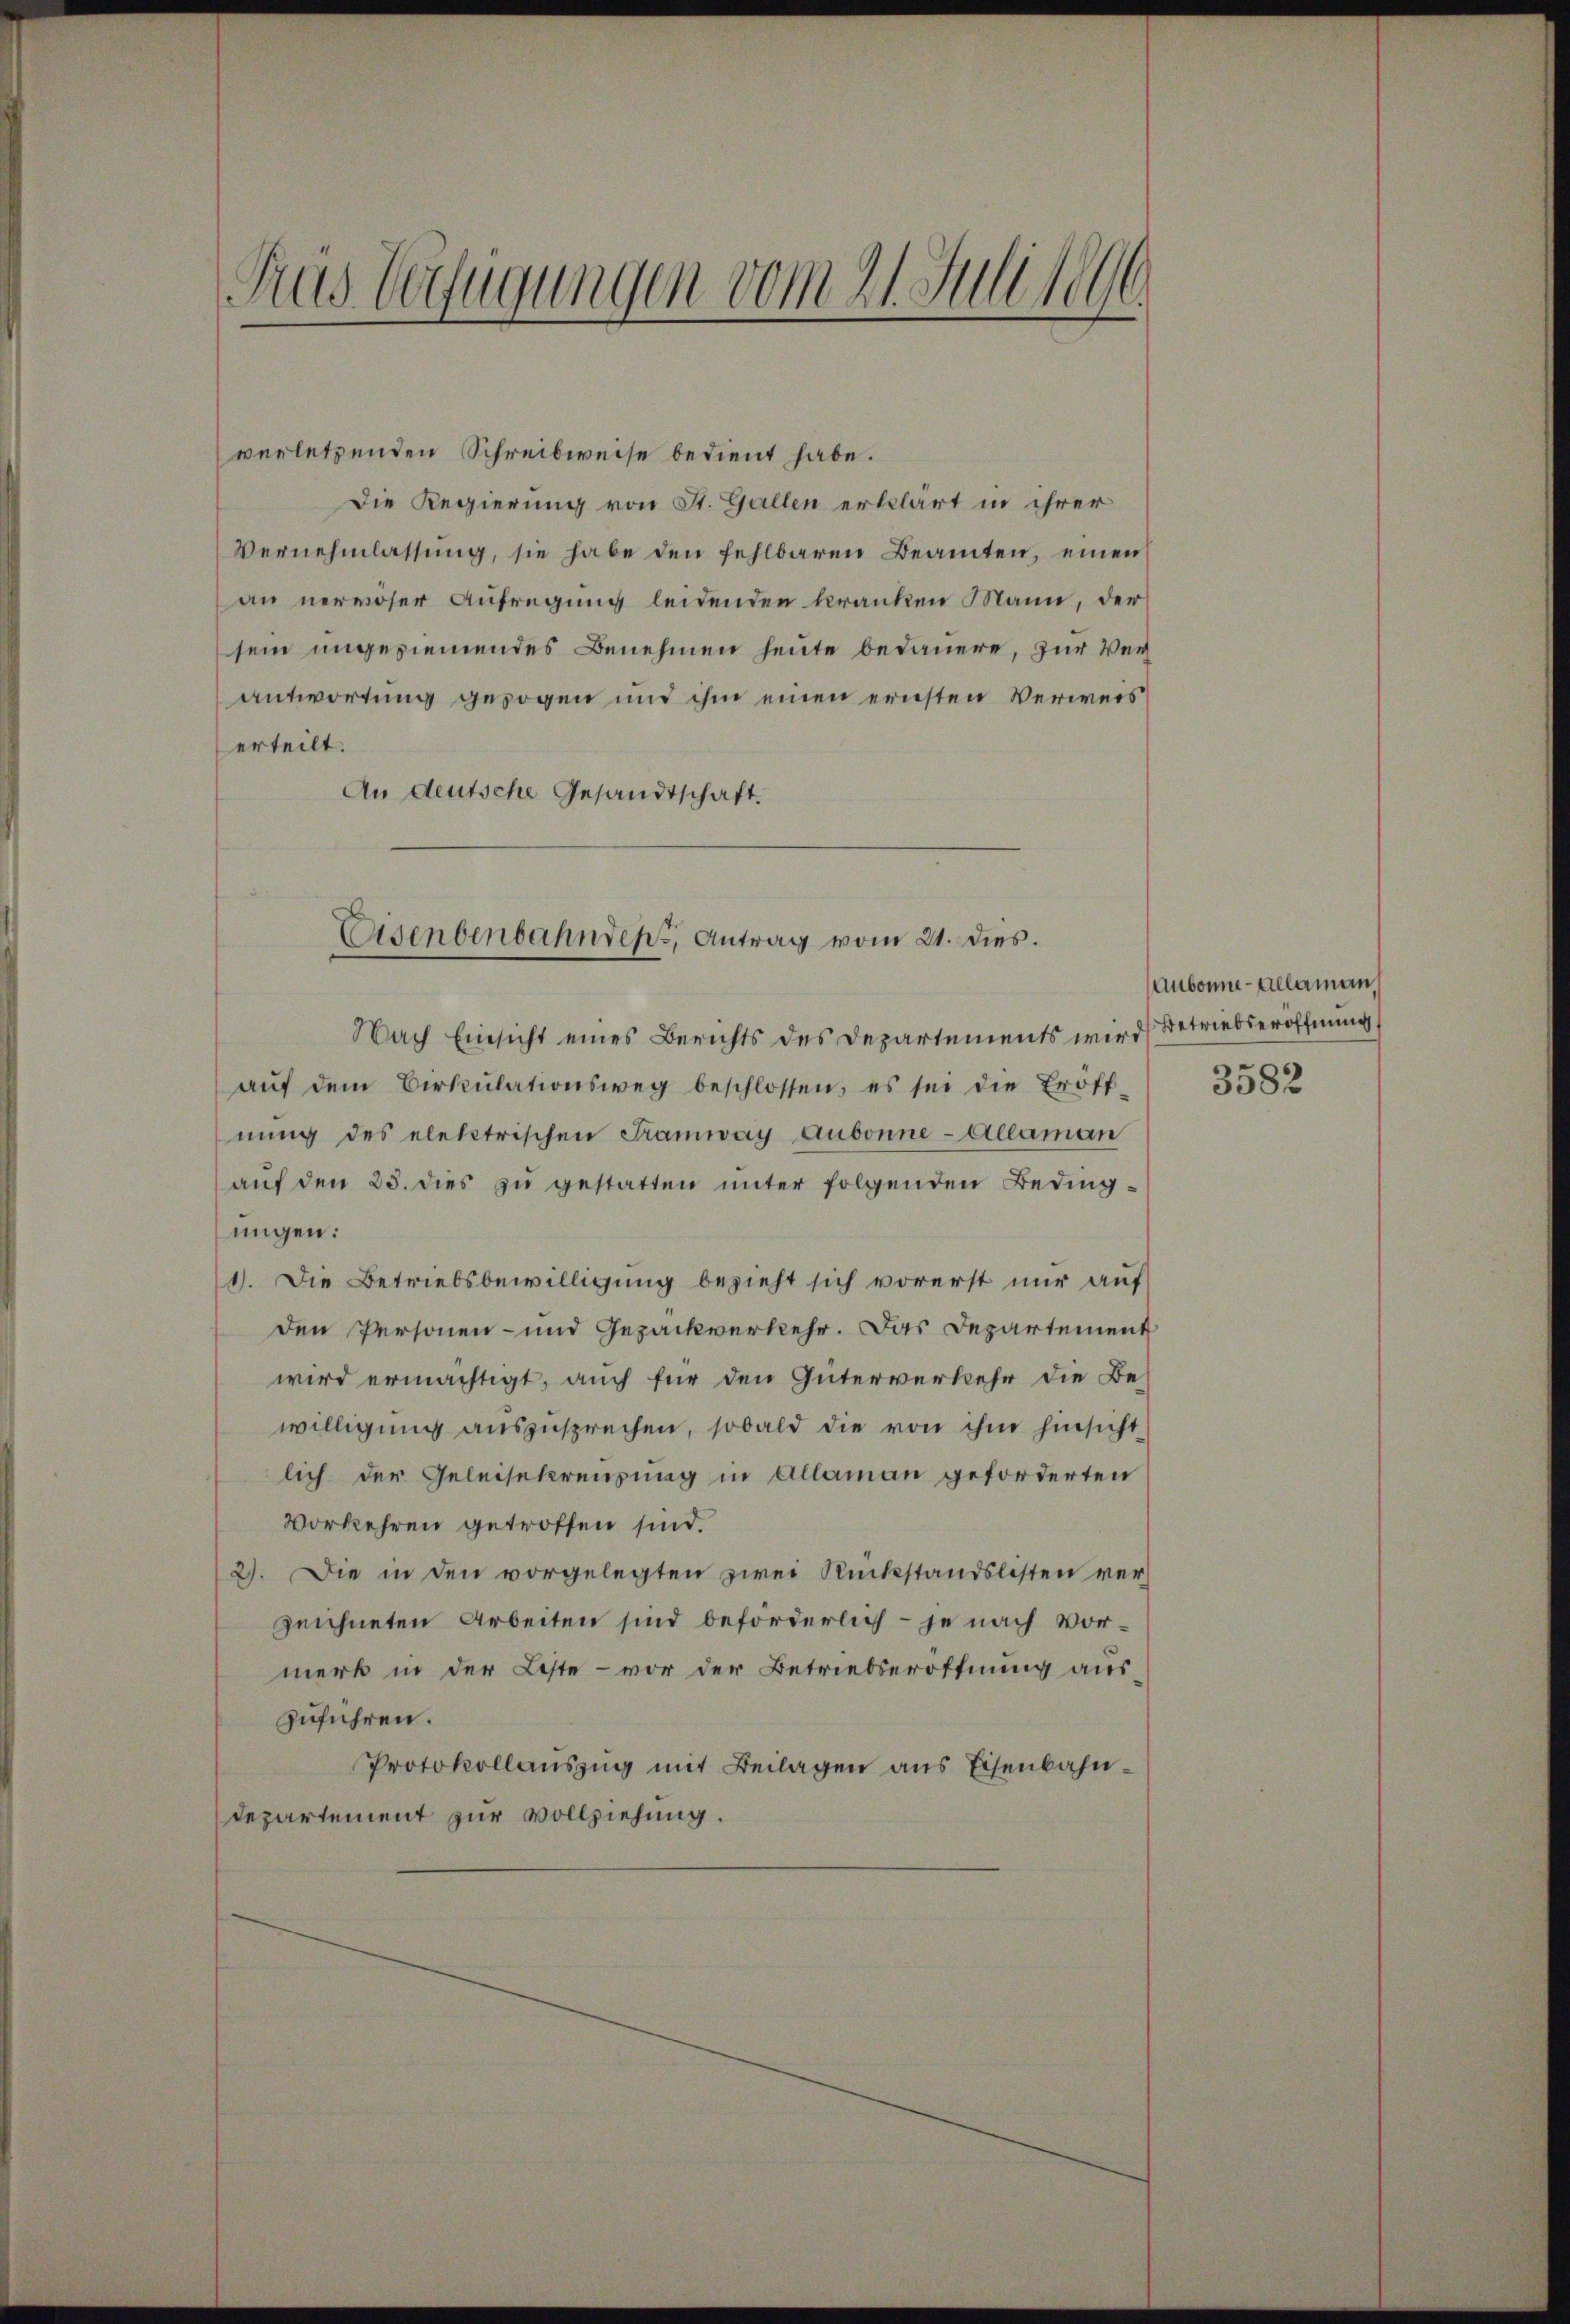
Das Verfügungen vom 21. Juli 1896.

verletzenden Schreibweise bedient habe.
Die Regierung von St. Gallen erklärt in ihrer
Vernehmlassung, sie habe den fehlbaren Beamten, einen
an nervöser Aufregung leidenden kranken Mann, der
sein angeziemendes Benehmen heute bedauere, zur Ver
antwortung gezogen und ihm einen ernsten Verweis
erteilt.
An deutsche Gesandtschaft.
Nach Einsicht eines Berichts des Departements wird
aŭf dem Cirkŭlationsweg beschlossen, es sei die Eröff-
nŭng des elektrischen Tramway Aubonne-Allaman
auf den 25. dies zu gestatten unter folgenden Bedingungen:
1). Die Betriebsbewilligung bezieht sich vorerst nur auf
den Personen- und Gezackverkehr. Das Departement
wird ermächtigt, auch für den Güterverkehr die Bewilligung auszusprechen, sobald die von ihm hinsicht
lich der Geleisekreuzung in Allaman geforderten
Vorkehren getroffen sind.
2). Die in den vorgelegten zwei Rückstandslisten ver-
zeichneten Arbeiten sind beförderlich – je nach Vormerk in der Leiste - vor der Betriebseröffnung aus-
zuführen.
Protokollauszug mit Beilagen aus Eisenbahn¬
Departement zur Vollziehung.

Eisenbenbahndeps, Antrag vom 21. dies.

Aubonne-Allaman
Betriebseröffnung
3582